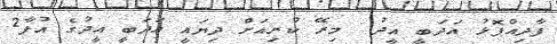
ފާދިއްޕޮޅު އަދަބީ އީދު  މިރޭ ކުރިއަށް ދިޔައީ އަދަބީ އީދުގެ އުފާ2